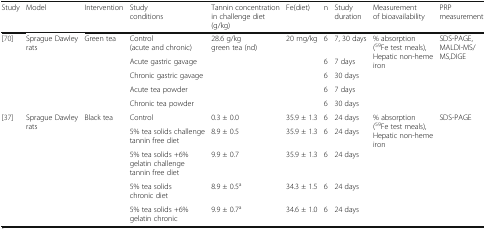
| Study | Model | Intervention | Study conditions | Tannin concentration in challenge diet (g/kg) | Fe(diet) | n | Study duration | Measurement of bioavailability | PRP measurement |
 | --- | --- | --- | --- | --- | --- | --- | --- | --- | --- |
 | <ROWSPAN=5> [70] | <ROWSPAN=5> Sprague Dawley rats | <ROWSPAN=5> Green tea | Control (acute and chronic) | <ROWSPAN=5> 28.6 g/kg green tea (nd) | <ROWSPAN=5> 20 mg/kg | 6 | 7, 30 days | <ROWSPAN=5> % absorption (59Fe test meals), Hepatic non-heme iron | <ROWSPAN=5> SDS-PAGE, MALDI-MS/MS,DIGE |
 | Acute gastric gavage | 6 | 7 days |
 | Chronic gastric gavage | 6 | 30 days |
 | Acute tea powder | 6 | 7 days |
 | Chronic tea powder | 6 | 30 days |
 | <ROWSPAN=5> [37] | <ROWSPAN=5> Sprague Dawley rats | <ROWSPAN=5> Black tea | Control | 0.3 ± 0.0 | 35.9 ± 1.3 | 6 | 24 days | <ROWSPAN=5> % absorption (59Fe test meals), Hepatic non-heme iron | <ROWSPAN=5> SDS-PAGE |
 | 5% tea solids challenge tannin free diet | 8.9 ± 0.5 | 35.9 ± 1.3 | 6 | 24 days |
 | 5% tea solids +6% gelatin challenge tannin free diet | 9.9 ± 0.7 | 35.9 ± 1.3 | 6 | 24 days |
 | 5% tea solids chronic diet | 8.9 ± 0.5a | 34.3 ± 1.5 | 6 | 24 days |
 | 5% tea solids +6% gelatin chronic | 9.9 ± 0.7a | 34.6 ± 1.0 | 6 | 24 days |